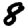
Digit: 8